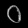
Digit: ၀